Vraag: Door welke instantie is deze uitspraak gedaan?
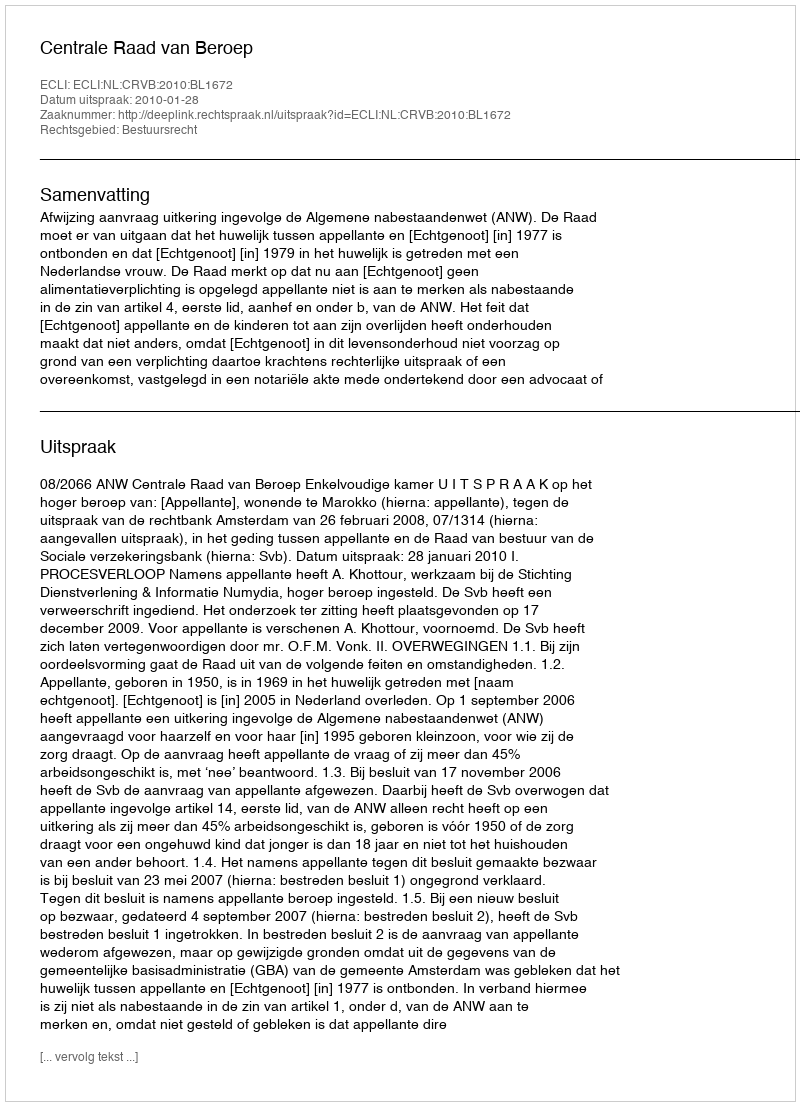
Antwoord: Centrale Raad van Beroep